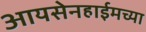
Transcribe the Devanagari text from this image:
आयसेनहाईमच्या